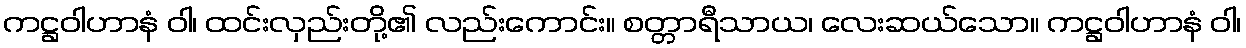
ကဋ္ဌဝါဟာနံ ဝါ၊ ထင်းလှည်းတို့၏ လည်းကောင်း။ စတ္တာရီသာယ၊ လေးဆယ်သော။ ကဋ္ဌဝါဟာနံ ဝါ၊